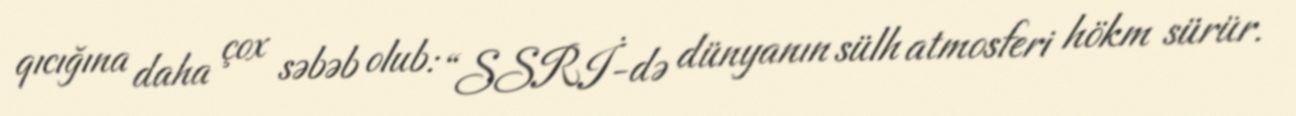
qıcığına daha çox səbəb olub: “SSRİ-də dünyanın sülh atmosferi hökm sürür.